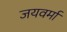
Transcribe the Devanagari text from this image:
जयवर्मा